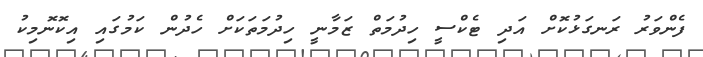
ފެންވަރު ރަނގަޅުކޮށް އަދި ޓެކްސީ ހިދުމަތް ޒަމާނީ ހިދުމަތަކަށް ހެދުން ކަމުގައި އިކޮނޮމިކު